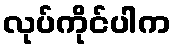
လုပ်ကိုင်ပါက